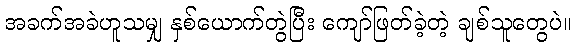
အခက်အခဲဟူသမျှ နှစ်ယောက်တွဲပြီး ကျော်ဖြတ်ခဲ့တဲ့ ချစ်သူတွေပဲ။